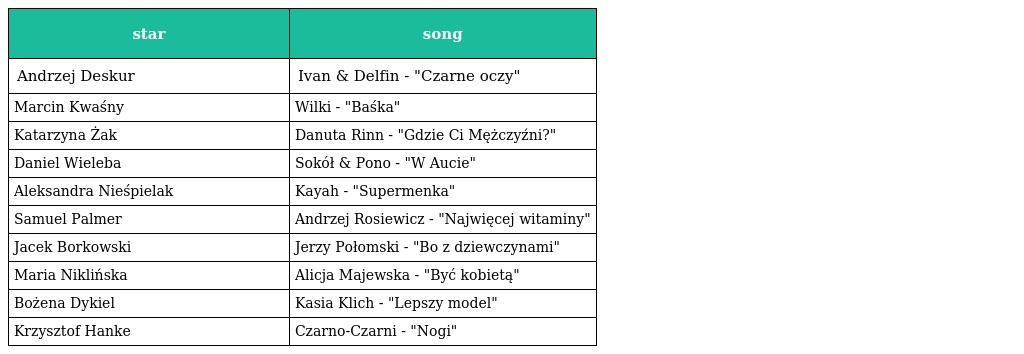
| star | song |
 | --- | --- |
 | Andrzej Deskur | Ivan & Delfin - "Czarne oczy" |
 | Marcin Kwaśny | Wilki - "Baśka" |
 | Katarzyna Żak | Danuta Rinn - "Gdzie Ci Mężczyźni?" |
 | Daniel Wieleba | Sokół & Pono - "W Aucie" |
 | Aleksandra Nieśpielak | Kayah - "Supermenka" |
 | Samuel Palmer | Andrzej Rosiewicz - "Najwięcej witaminy" |
 | Jacek Borkowski | Jerzy Połomski - "Bo z dziewczynami" |
 | Maria Niklińska | Alicja Majewska - "Być kobietą" |
 | Bożena Dykiel | Kasia Klich - "Lepszy model" |
 | Krzysztof Hanke | Czarno-Czarni - "Nogi" |